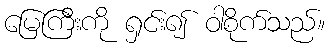
မြေကြီးကို ရှင်း၍ ဝါစိုက်သည်။